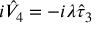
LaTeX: i \hat { V } _ { 4 } = - i \lambda \hat { \tau } _ { 3 }